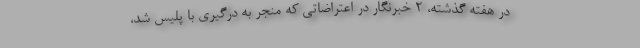
در هفته گذشته، 2 خبرنگار در اعتراضاتی که منجر به درگیری با پلیس شد،